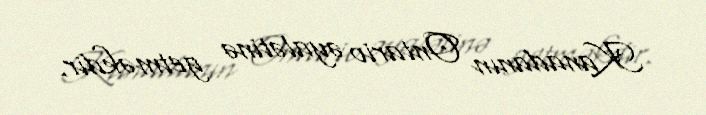
Kanadanın Ontario əyalətinə getməkdir.